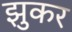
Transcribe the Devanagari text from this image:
झुकर